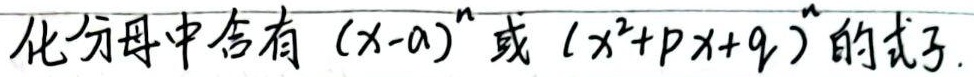
化分母中含有 \((x - a)^n\) 或 \((x^2+px + q)^n\) 的式子。